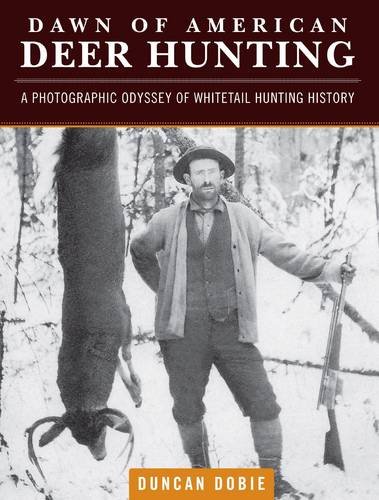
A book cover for Dawn of American Deer Hunting: A Photographic Odyssey of Whitetail Hunting History; Duncan Dobie; Arts & Photography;